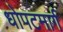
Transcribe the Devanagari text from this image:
धोपटमार्ग